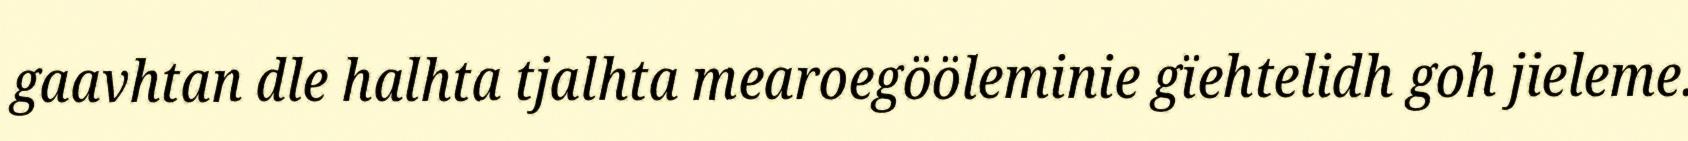
gaavhtan dle halhta tjalhta mearoegööleminie gïehtelidh goh jieleme.